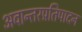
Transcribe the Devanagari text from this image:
अवान्तरप्रतिपादन